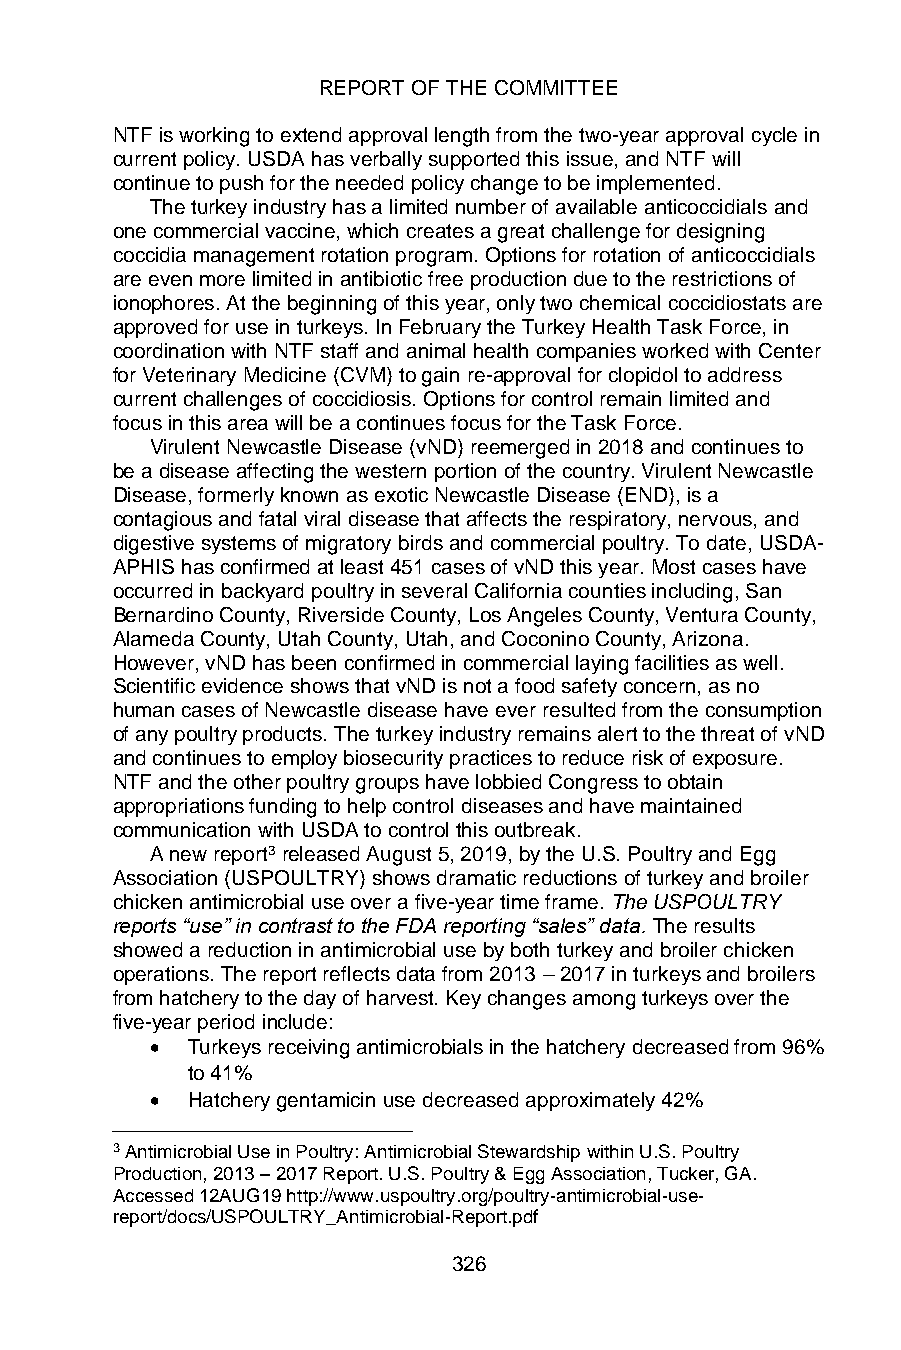
REPORT OF THE COMMITTEE
 NTF is working to extend approval length from the two-year approval cycle in
 current policy. USDA has verbally supported this issue, and NTF will
 continue to push for the needed policy change to be implemented.
 The turkey industry has a limited number of available anticoccidials and
 one commercial vaccine, which creates a great challenge for designing
 coccidia management rotation program. Options for rotation of anticoccidials
 are even more limited in antibiotic free production due to the restrictions of
 ionophores. At the beginning of this year, only two chemical coccidiostats are
 approved for use in turkeys. In February the Turkey Health Task Force, in
 coordination with NTF staff and animal health companies worked with Center
 for Veterinary Medicine (CVM) to gain re-approval for clopidol to address
 current challenges of coccidiosis. Options for control remain limited and
 focus in this area will be a continues focus for the Task Force.
 Virulent Newcastle Disease (vND) reemerged in 2018 and continues to
 be a disease affecting the western portion of the country. Virulent Newcastle
 Disease, formerly known as exotic Newcastle Disease (END), is a
 contagious and fatal viral disease that affects the respiratory, nervous, and
 digestive systems of migratory birds and commercial poultry. To date, USDA-
 APHIS has confirmed at least 451 cases of vND this year. Most cases have
 occurred in backyard poultry in several California counties including, San
 Bernardino County, Riverside County, Los Angeles County, Ventura County,
 Alameda County, Utah County, Utah, and Coconino County, Arizona.
 However, vND has been confirmed in commercial laying facilities as well.
 Scientific evidence shows that vND is not a food safety concern, as no
 human cases of Newcastle disease have ever resulted from the consumption
 of any poultry products. The turkey industry remains alert to the threat of vND
 and continues to employ biosecurity practices to reduce risk of exposure.
 NTF and the other poultry groups have lobbied Congress to obtain
 appropriations funding to help control diseases and have maintained
 communication with USDA to control this outbreak.
 A new report3 released August 5, 2019, by the U.S. Poultry and Egg
 Association (USPOULTRY) shows dramatic reductions of turkey and broiler
 chicken antimicrobial use over a five-year time frame. The USPOULTRY
 reports “use” in contrast to the FDA reporting “sales” data. The results
 showed a reduction in antimicrobial use by both turkey and broiler chicken
 operations. The report reflects data from 2013 – 2017 in turkeys and broilers
 from hatchery to the day of harvest. Key changes among turkeys over the
 five-year period include:
 • Turkeys receiving antimicrobials in the hatchery decreased from 96%
 to 41%
 • Hatchery gentamicin use decreased approximately 42%
 3 Antimicrobial Use in Poultry: Antimicrobial Stewardship within U.S. Poultry
 Production, 2013 – 2017 Report. U.S. Poultry & Egg Association, Tucker, GA.
 Accessed 12AUG19 http://www.uspoultry.org/poultry-antimicrobial-use-
 report/docs/USPOULTRY_Antimicrobial-Report.pdf
 326